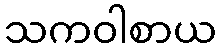
သကဝါစာယ